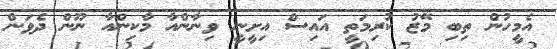
އެމީހުން ތިބި މޭޒު ކުރިމަތީ އައިސް އިށީނީ ވިނާންއާ މާކިންއާ ނޫން ދެވަން